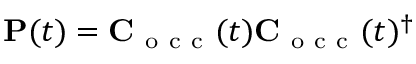
\mathbf P ( t ) = \mathbf C _ { \mathrm { ~ o ~ c ~ c ~ } } ( t ) \mathbf C _ { \mathrm { ~ o ~ c ~ c ~ } } ( t ) ^ { \dagger }